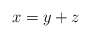
\begin{align*}x = y+z\end{align*}